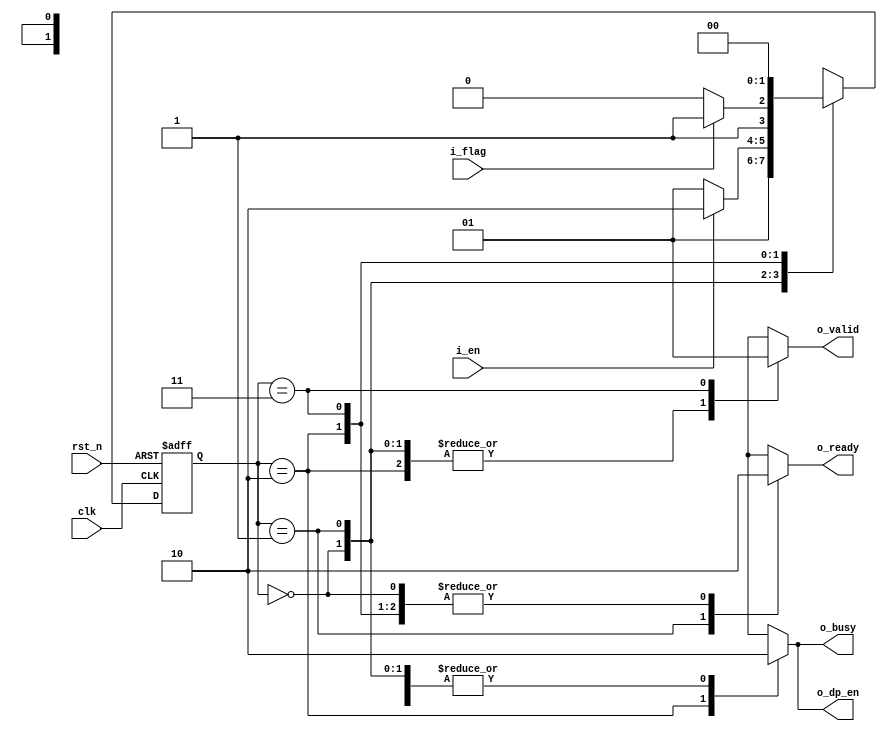
//------------------------------------------------------------------------------
// Title       : aes_control_unit
// Project     : AES Encruption
//------------------------------------------------------------------------------
// Company     : PaklogicTechs
// Last update : Mon Mar 22 09:01:22 2021
// Platform    : Default Part Number
// Standard    : <VHDL-2008 | VHDL-2002 | VHDL-1993 | VHDL-1987>
//------------------------------------------------------------------------------
// Copyright (c) 2021  PaklogicTechs Semiconductor
//-----------------------------------------------------------------------------
// Description:
//------------------------------------------------------------------------------
// Revisions:  Revisions and documentation are controlled by
// the revision control system (RCS).  The RCS should be consulted
// on revision history.
//-----------------------------------------------------------------------------


module aes_control_unit (
	input      clk    , // Clock
	input      rst_n  , // Asynchronous reset active low
	input      i_en   ,
	input      i_flag ,
	output reg o_busy ,
	output reg o_dp_en,
  output reg o_ready,
	output reg o_valid
);

/**********************************************************************
* FSM State Declaration
**********************************************************************/

	localparam RESET = 0;
	localparam WAIT  = 1;
	localparam BUSY  = 2;
	localparam DONE  = 3;

/**********************************************************************
* FSM State register Declaration
**********************************************************************/

	reg [1:0] current_state;
	reg [1:0] next_state   ;

/**********************************************************************
* FSM State register Declaration
**********************************************************************/

	always @(posedge clk or negedge rst_n) begin
		if(~rst_n) begin
			current_state <= RESET;
		end else begin
			current_state <= next_state;
		end
	end

/**********************************************************************
* State Decoder logic
**********************************************************************/

	always@(current_state, i_flag,i_en) begin
		case (current_state)
			RESET   : next_state = WAIT;
			WAIT    : next_state = (i_en) ? BUSY : WAIT;
			BUSY    : next_state = (i_flag) ? DONE : BUSY;
			DONE    : next_state = RESET;
			default : next_state = RESET;
		endcase
	end
/**********************************************************************
* output decoder logic
**********************************************************************/
	always@(*) begin
		case (current_state)
			RESET : begin 
				o_ready = 1'b0;
				o_busy  = 1'b0;
				o_dp_en = 1'b0;
				o_valid = 1'b0;
			end
			WAIT : begin 
				o_ready = 1'b1;
				o_busy  = 1'b0;
				o_dp_en = 1'b0;
				o_valid = 1'b0;
			end

			BUSY : begin 
				o_ready = 1'b0;
				o_busy  = 1'b1;
				o_dp_en = 1'b1;
				o_valid = 1'b0;
			end
			DONE : begin 
				o_ready = 1'b0;
				o_busy  = 1'b0;
				o_dp_en = 1'b0;
				o_valid = 1'b1;
			end
			default : begin
				o_ready = 1'b0;
				o_busy  = 1'b0;
				o_dp_en = 1'b0;
				o_valid = 1'b0;
			end
		endcase
	end
endmodule